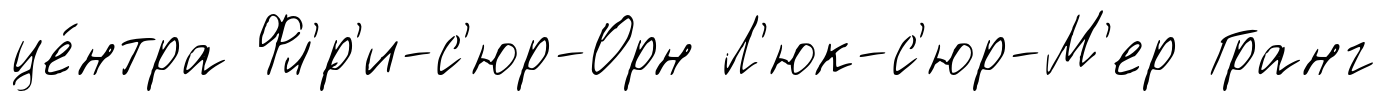
це́нтра Фл'́р'и-с'юр-Орн Л'юк-с'юр-М'ер Гранг